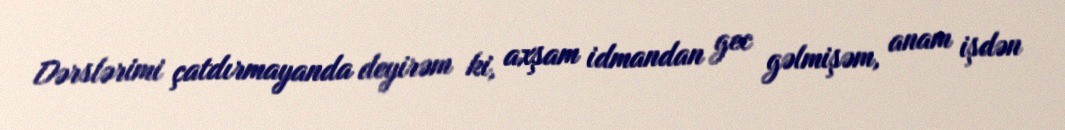
Dərslərimi çatdırmayanda deyirəm ki, axşam idmandan gec gəlmişəm, anam işdən